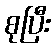
စုပြီး